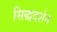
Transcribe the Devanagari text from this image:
सिद्धदर्शन